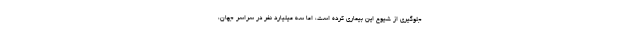
جلوگیری از شیوع این بیماری کرده است، اما سه میلیارد نفر در سراسر جهان،